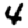
Digit: 4